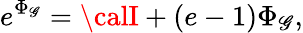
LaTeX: e^{\Phi_{\mathscr{G}}}={\calI}+\left(e-1\right)\Phi_{\mathscr{G}},